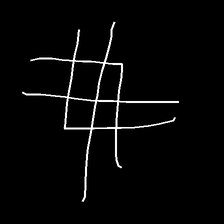
Glyph: crystal